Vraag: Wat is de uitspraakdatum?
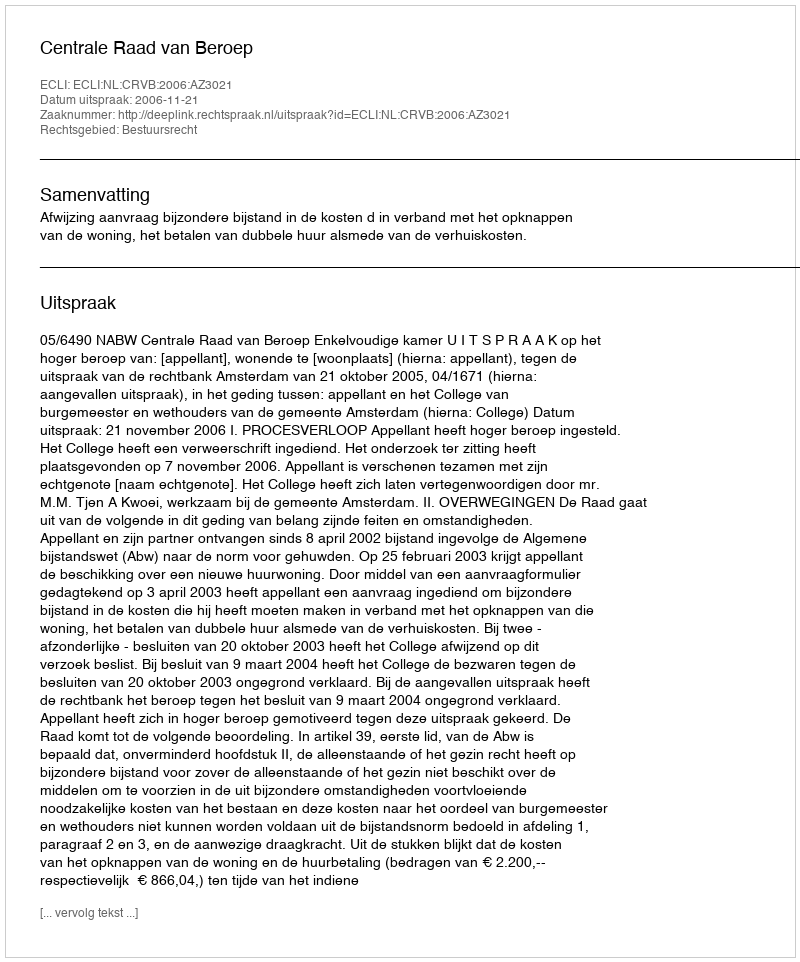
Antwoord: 2006-11-21